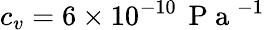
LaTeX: c_{v}=6\times 10^{-10}\, \mathrm{~P~a~}^{-1}